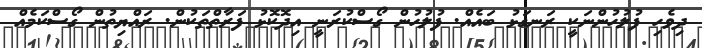
ދިވެހި ފުލުހުންނަކީ ރަނގަޅު ބައެއް. ފުލުހުން ގޯސްކުރަނީ އިދޮކޮޅު ފަރާތްތަކުން. ރައްޔިތުން ގޯސްކަމެއް